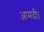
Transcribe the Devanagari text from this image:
आमदी।